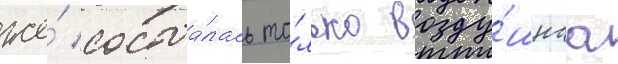
же́ состоа́лась то́лько возду́шнаа